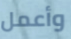
وأعمل